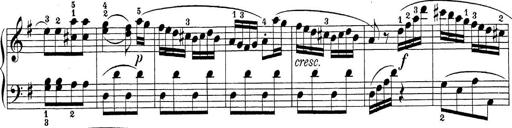
Title: Sonatina Album
Composer: Louis KÃ¶hler